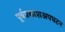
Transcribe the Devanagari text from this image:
पूर्वप्रकाशअपघटन